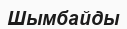
Шымбайды